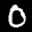
Label: 0